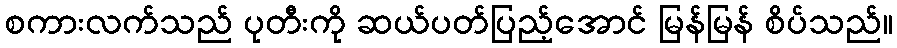
စကားလက်သည် ပုတီးကို ဆယ်ပတ်ပြည့်အောင် မြန်မြန် စိပ်သည်။